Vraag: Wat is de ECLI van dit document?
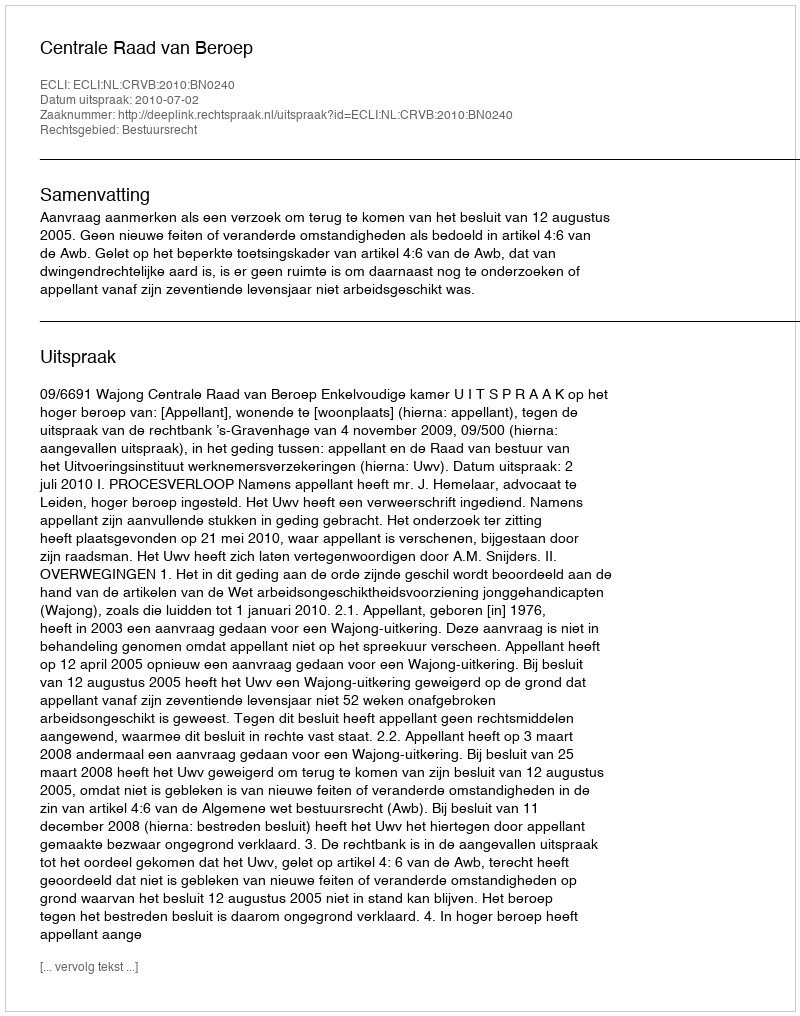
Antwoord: ECLI:NL:CRVB:2010:BN0240